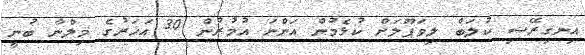
އިނގިރޭސި ކުލަބް ލިވަޕޫލަށް ކުޅެމުން އަންނަ އުމުރުން 30 އަހަރުގެ މިލްނާ ބުނީ